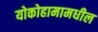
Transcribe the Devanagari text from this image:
योकोहामामधील